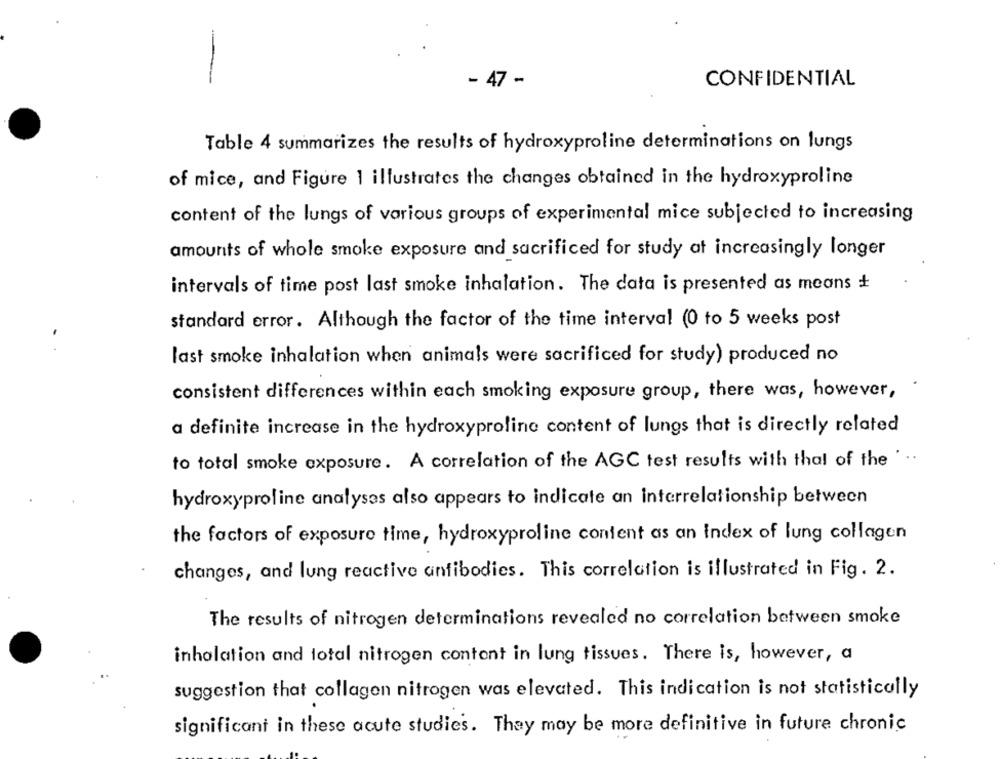
- 47 -
CONFIDENTIAL
Table 4 summarizes the results of hydroxyproline determinations on lungs
of mice, and Figure 1 illustrates the changes obtained in the hydroxyproline
content of the lungs of various groups of experimental mice subjected to increasing
amounts of whole smoke exposure and sacrificed for study at increasingly longer
intervals of time post last smoke inhalation. The data is presented as means +
standard error. Although the factor of the time interval (0 to 5 weeks post
last smoke inhalation when animals were sacrificed for study) produced no
consistent differences within each smoking exposure group, there was, however, .
a definite increase in the hydroxyproline content of lungs that is directly related
to total smoke exposure. A correlation of the AGC test results with thal of the
...
hydroxyproline analyses also appears to indicate an interrelationship between
the factors of exposure time, hydroxyproline content as an index of lung collagen
changes, and lung reactive antibodies. This correlation is illustrated in Fig. 2.
The results of nitrogen determinations revealed no correlation between smoke
inhalation and total nitrogen contont in lung tissues. There is, however, a
suggestion that collagen nitrogen was elevated. This indication is not statistically
significant in these acute studies. They may be more definitive in future chronic